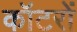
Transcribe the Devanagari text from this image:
कॉटरों